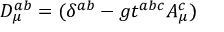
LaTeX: D _ { \mu } ^ { a b } = ( \delta ^ { a b } - g t ^ { a b c } A _ { \mu } ^ { c } )